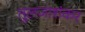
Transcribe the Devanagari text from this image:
तुलजाशंकर